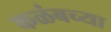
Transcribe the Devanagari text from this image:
कळंबच्या